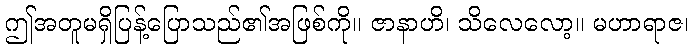
ဤအတူမရှိပြန့်ပြောသည်၏အဖြစ်ကို။ ဇာနာဟိ၊ သိလေလော့။ မဟာရာဇ၊